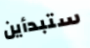
ستبدأين